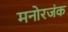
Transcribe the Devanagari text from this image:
मनोरजंक